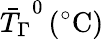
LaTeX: {\bar{T}_{\Gamma}}^{0}\, (^{\circ}\mathrm{C})